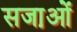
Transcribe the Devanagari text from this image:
सजा़ओं